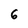
Character: 6